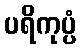
ပရိကုပ္ပံ